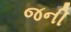
જની